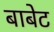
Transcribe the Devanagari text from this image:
बाबेट